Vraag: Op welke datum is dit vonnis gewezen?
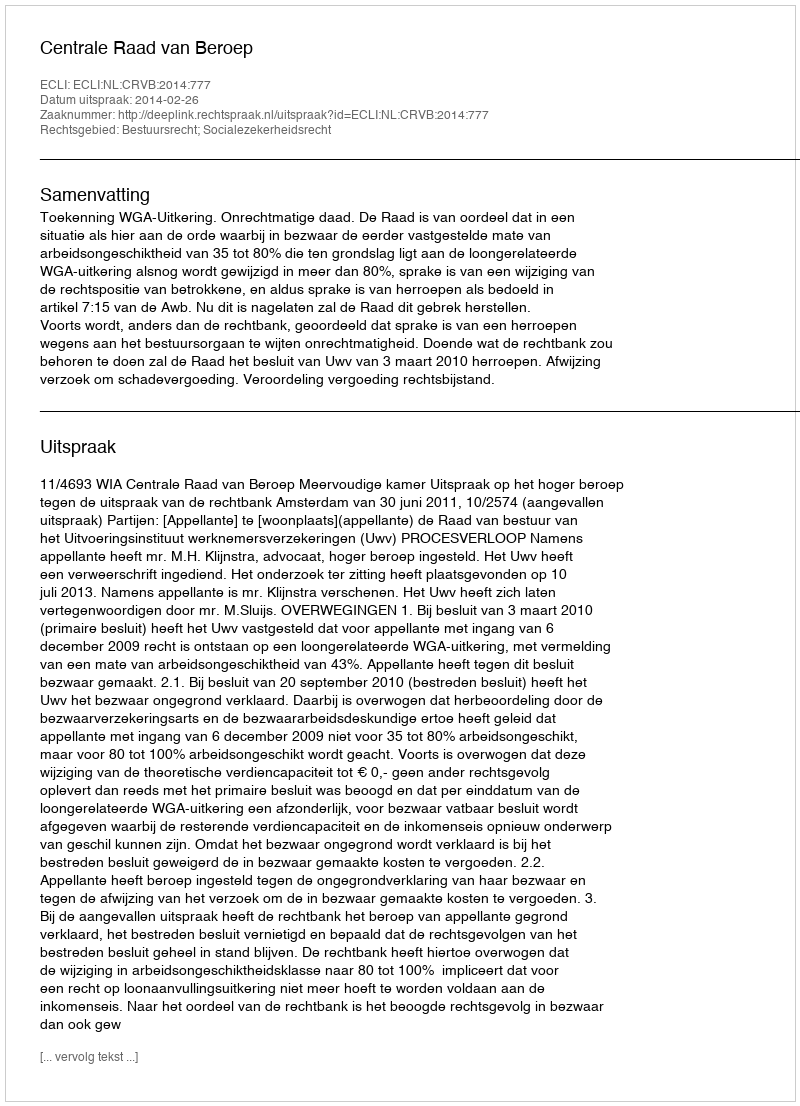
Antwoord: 2014-02-26